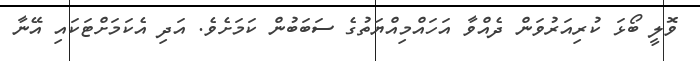
ވޮލީ ބޯޅަ ކުރިއަރުވަން ދެއްވާ އަހައްމިއްޔަތުގެ ސަބަބުން ކަމަށެވެ. އަދި އެކަމަށްޓަކައި އޭނާ